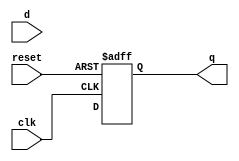
module DFF_Delay (
    input wire clk,
    input wire reset,
    input wire d,
    output reg q
);

reg delayed_d;

// Timing control and synchronization block
// Insert delay here using buffers, inverters, and delay elements
// to ensure proper synchronization with the clock signal
// For example, a simple delay can be achieved using a series of inverters

// Insert code for delay here

always @(posedge clk or posedge reset) begin
    if (reset) begin
        q <= 1'b0;
    end else begin
        q <= delayed_d;
    end
end

endmodule